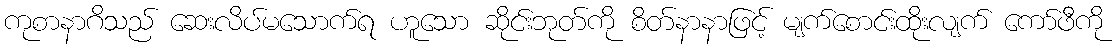
ကုစာနာဂိသည် ဆေးလိပ်မသောက်ရ ဟူသော ဆိုင်းဘုတ်ကို စိတ်နာနာဖြင့် မျက်စောင်းထိုးလျက် ကော်ဖီကို